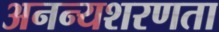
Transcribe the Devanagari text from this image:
अनन्यशरणता